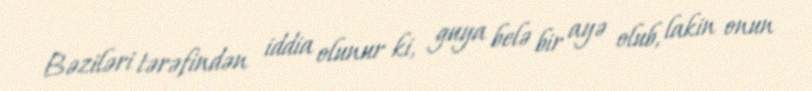
Bəziləri tərəfindən iddia olunur ki, guya belə bir ayə olub, lakin onun